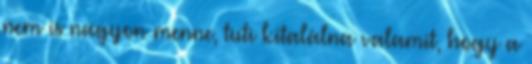
nem is nagyon menne, tuti kitalálna valamit, hogy a